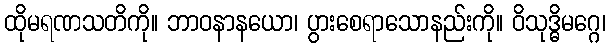
ထိုမရဏသတိကို။ ဘာဝနာနယော၊ ပွားစေရာသောနည်းကို။ ဝိသုဒ္ဓိမဂ္ဂေ၊